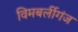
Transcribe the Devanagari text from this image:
विमबर्लीगंज